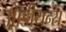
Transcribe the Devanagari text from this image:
ऑडीयन्स